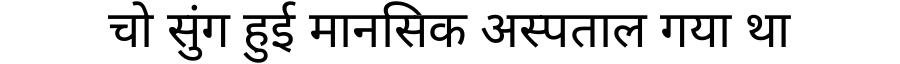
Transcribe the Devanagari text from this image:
चो सुंग हुई मानसिक अस्पताल गया था